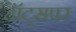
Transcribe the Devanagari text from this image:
हॉट्सपर